Civil Veterinary Department. Central Provinces & Berar 1932-41 - 1932-1941
Year: 1932
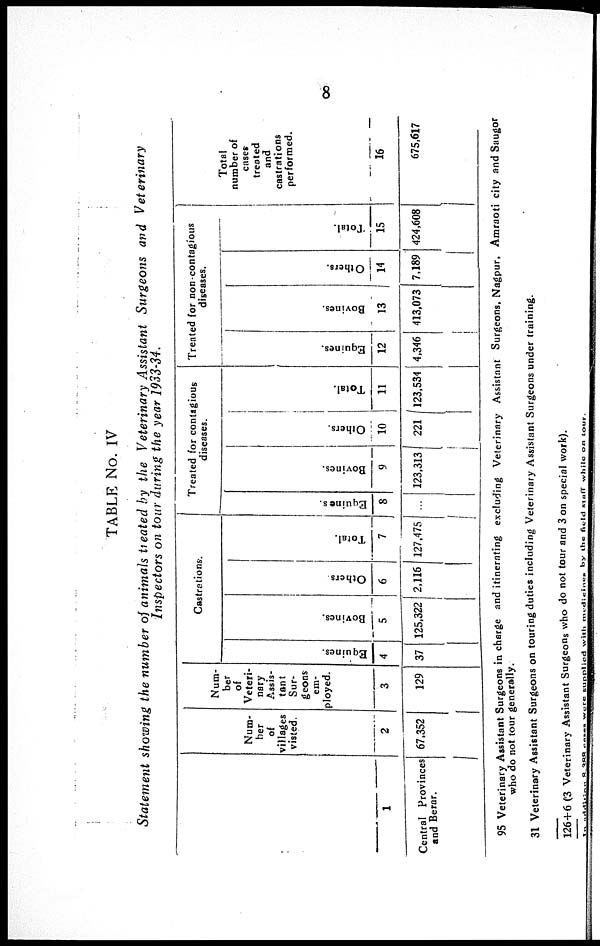
8
TABLE No. IV
Statement showing the number of animals treated by the Veterinary Assistant Surgeons and Veterinary
Inspectors on tour during the year 1933-34.
1
Central Provinces
and Berar.
Num-
ber
of
villages
visited.
2
67,352
Num-
ber
of
Veteri-
nary
Assis-
tant
Sur-
geons
em-
ployed.
3
129
Castrations.
Equines.
4
37
Bovines.
5
125,322
Others
6
2,116
Total.
7
127,475
Treated for contagious
diseases.
Equines.
8
...
Bovines.
9
123,313
Others.
10
221
Total.
11
123,534
Treated for non-contagious
diseases.
Equines.
12
4,346
Bovines.
13
413,073
Others.
14
7,189
Total.
15
424,608
Total
number of
cases
treated
and
castrations
performed.
16
675,617
95 Veterinary Assistant Surgeons in charge and itinerating excluding Veterinary Assistant Surgeons, Nagpur, Amraoti city and Saugor
who do not tour generally.
31 Veterinary Assistant Surgeons on touring duties including Veterinary Assislant Surgeons under training.
126+6 (3 Veterinary Assistant Surgeons who do not tour and 3 on special work).
In addition 8,388 cases were supplied with medicines by the field staff while on tour.